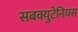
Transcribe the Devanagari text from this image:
सबक्युटेनियस